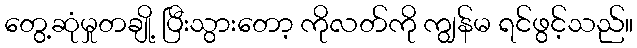
တွေ့ဆုံမှုတချို့ ပြီးသွားတော့ ကိုလတ်ကို ကျွန်မ ရင်ဖွင့်သည်။